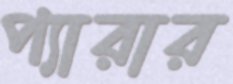
প্যারার